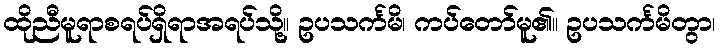
ထိုညီမူရာစရပ်ရှိရာအရပ်သို့။ ဥပသင်္ကမိ၊ ကပ်တော်မူ၏။ ဥပသင်္ကမိတွာ၊